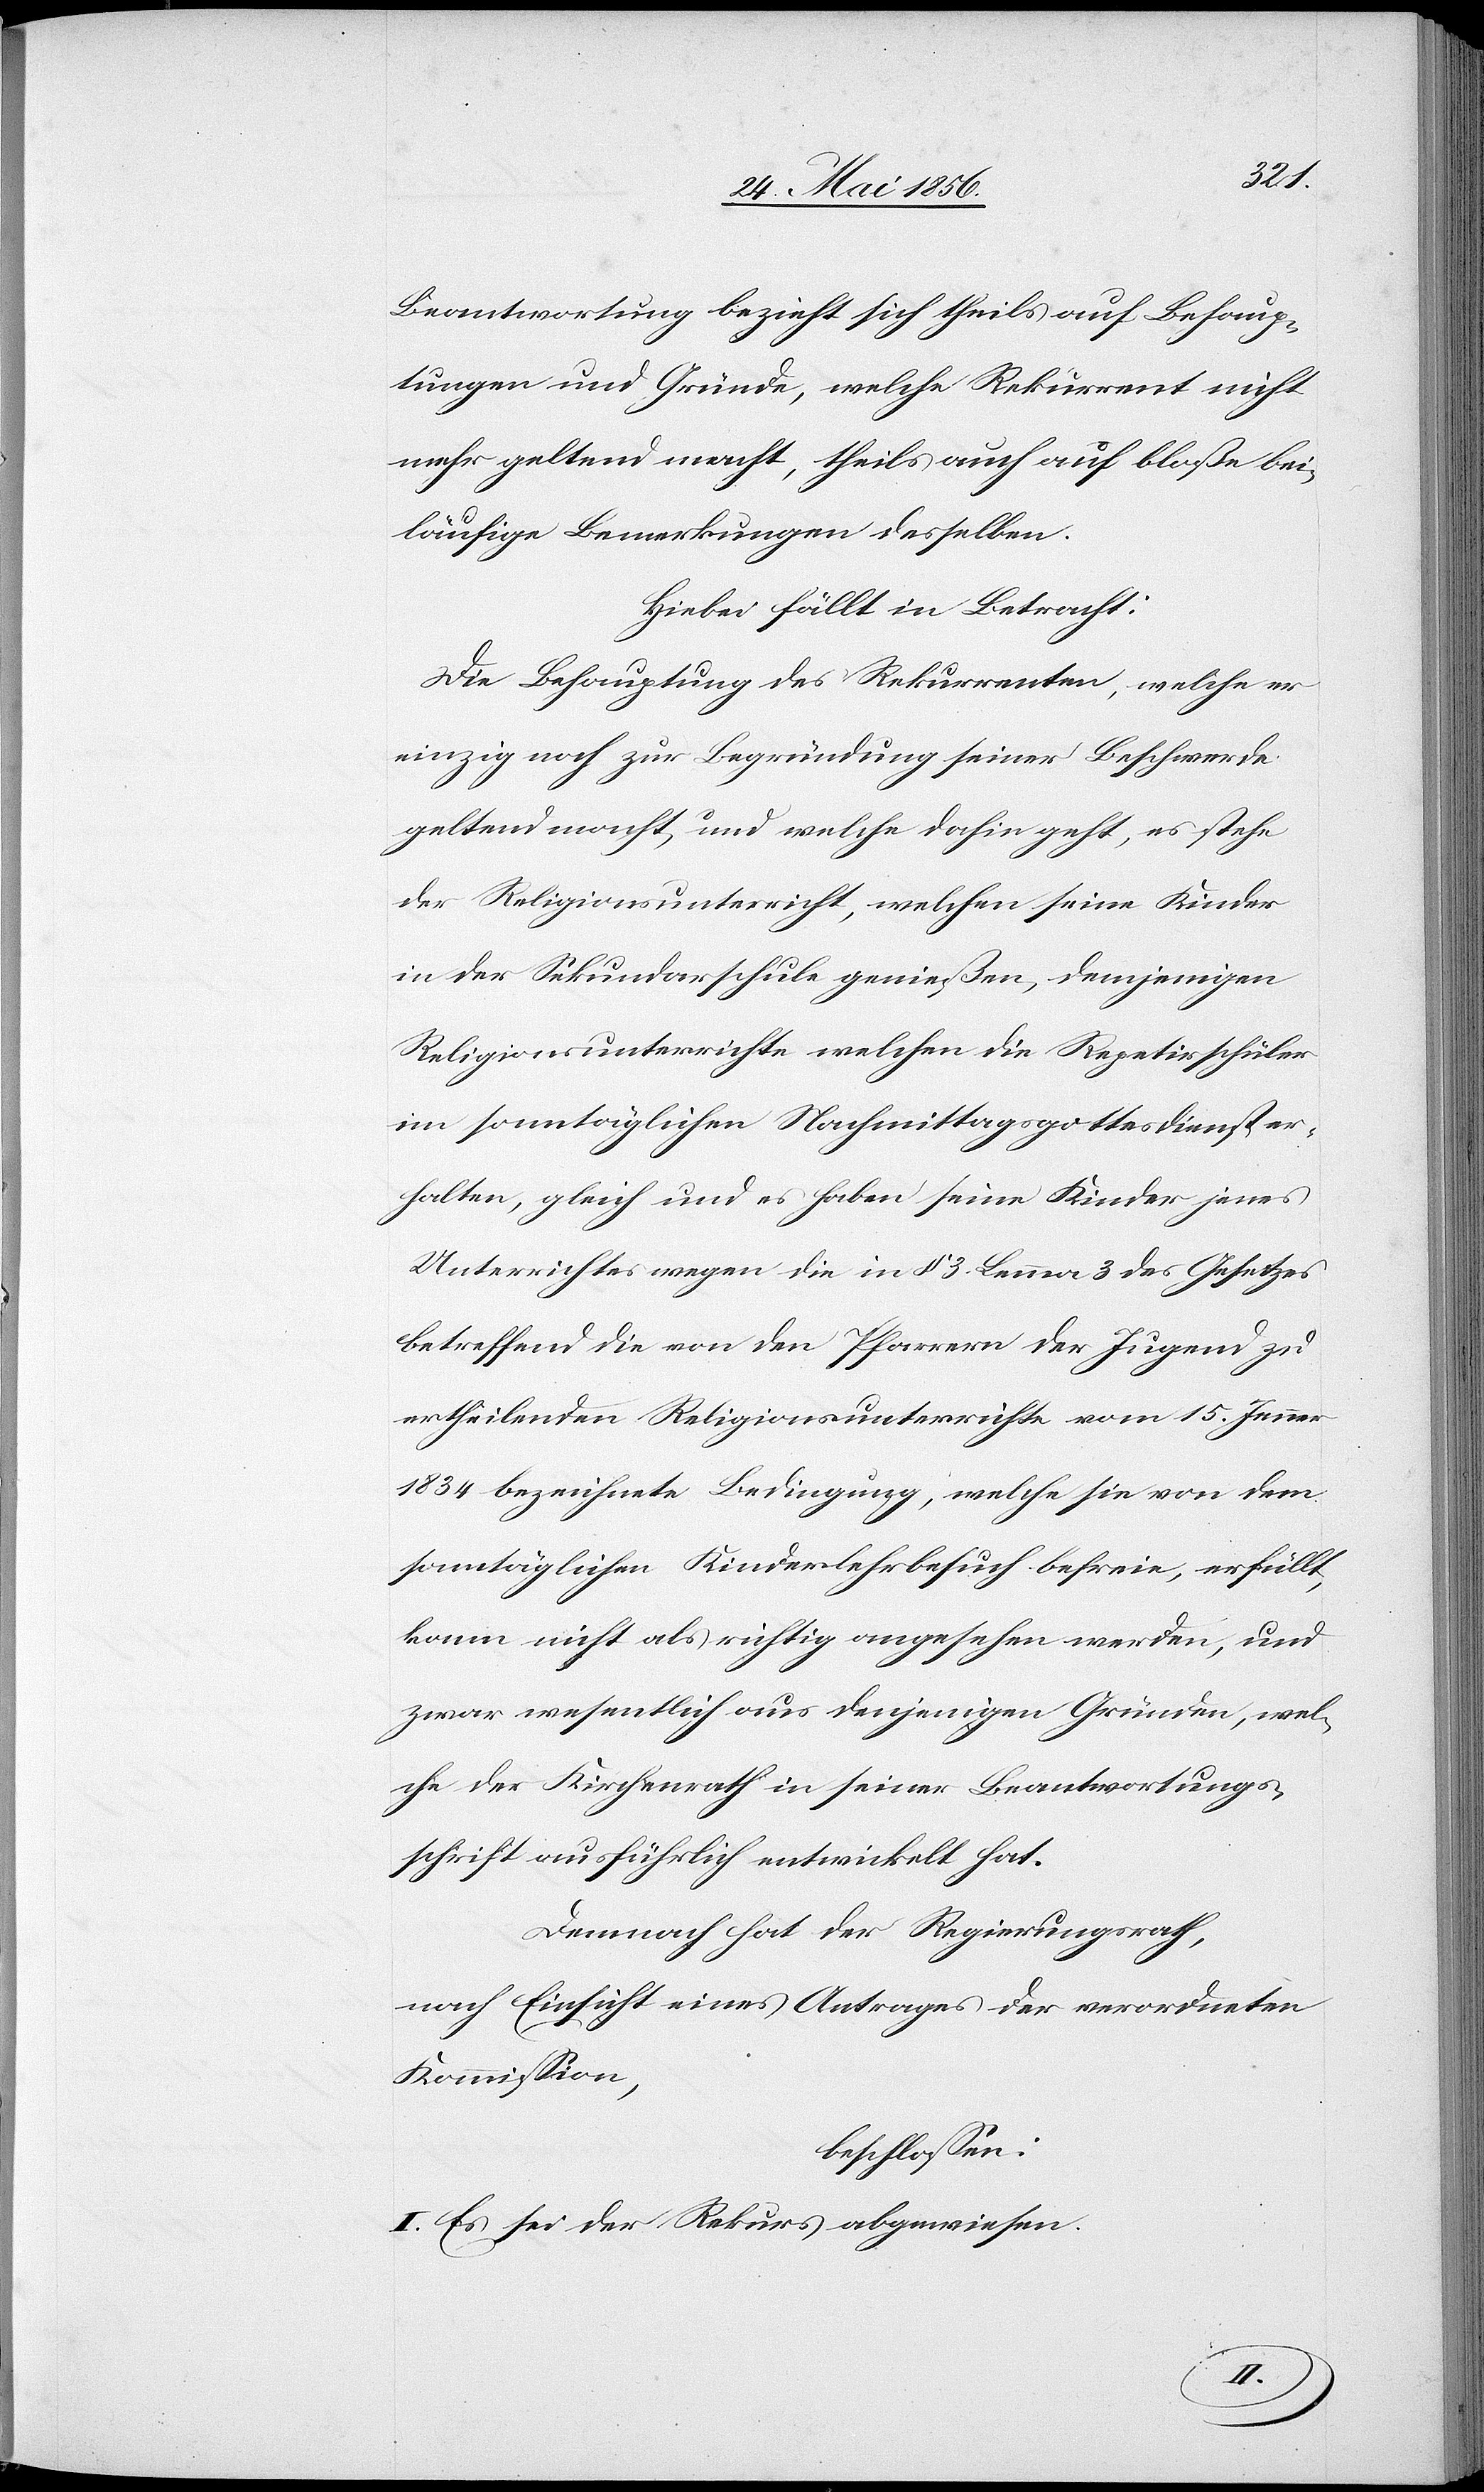
Beantwortung bezieht sich theils auf Behaup¬
tungen und Gründe, welche Rekurrent nicht
mehr geltend macht, theils auch auf bloße bei¬
läufige Bemerkungen desselben.
Hiebei fällt in Betracht:
Die Behauptung des Rekurrenten, welche er
einzig noch zur Begründung seiner Beschwerde
geltend macht, und welche dahin geht, es stehe
der Religionsunterricht, welchen seine Kinder
in der Sekundarschule genießen, demjenigen
Religionsunterrichte welchen die Repetirschüler
im sonntäglichen Nachmittagsgottesdienst er¬
halten, gleich und es haben seine Kinder jenes
Unterrichtes wegen die in § 3. Lemma 3 des Gesetzes
betreffend die von den Pfarrern der Jugend zu
ertheilenden Religionsunterrichte vom 15. Jenner
1834 bezeichnete Bedingung, welche sie von dem
sonntäglichen Kinderlehrbesuch befreie, erfüllt,
kann nicht als richtig angesehen werden, und
zwar wesentlich aus denjenigen Gründen, wel¬
che der Kirchenrath in seiner Beantwortungs¬
schrift ausführlich entwickelt hat.
Demnach hat der Regierungsrath,
nach Einsicht eines Antrages der verordneten
Kommission,
beschlossen:
I. Es sei der Rekurs abgewiesen.